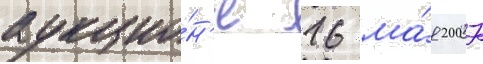
аукцио́н'е 16 ма́я 2007